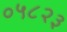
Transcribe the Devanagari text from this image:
०५८२३